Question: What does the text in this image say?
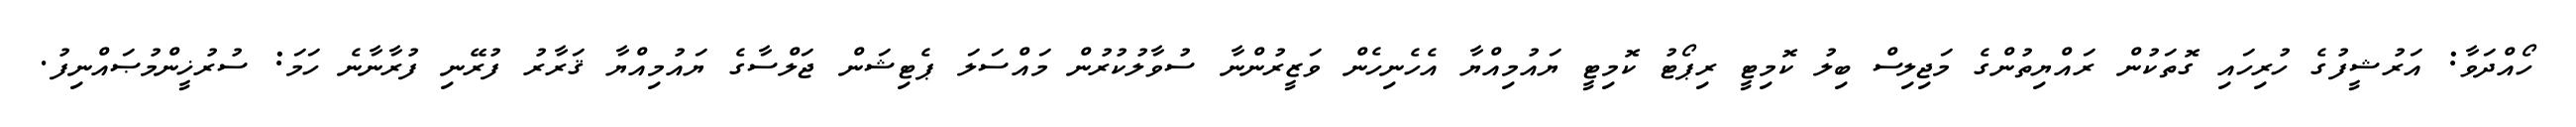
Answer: ހޯއްދަވާ: އަރުޝީފުގެ ހުރިހައި ގޮތަކުން ރައްޔިތުންގެ މަޖިލިސް ބިލު ކޮމިޓީ ރިޕޯޓު ކޮމިޓީ ޔައުމިއްޔާ އެހެނިހެން ވަޒީރުންނާ ސުވާލުކުރުން މައްސަލަ ޕެޓިޝަން ޖަލްސާގެ ޔައުމިއްޔާ ޤަރާރު ފުރޭނި ފުރާނާނެ ހަމަ: ސުރުޚީންމުޞައްނިފު.